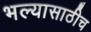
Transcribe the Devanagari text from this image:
भल्यासाठीच